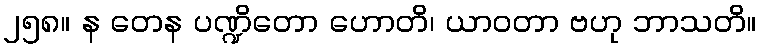
၂၅၈။ န တေန ပဏ္ဍိတော ဟောတိ၊ ယာဝတာ ဗဟု ဘာသတိ။